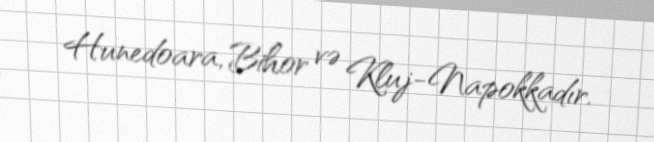
Hunedoara, Bihor və Kluj-Napokkadır.